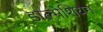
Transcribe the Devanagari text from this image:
डाल्मेशियन